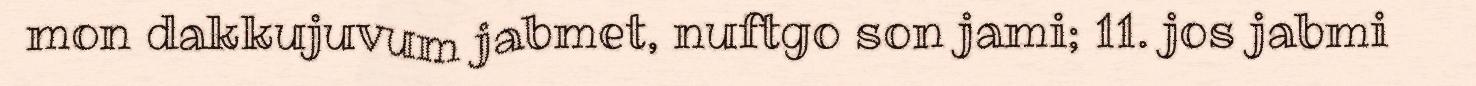
mon dakkujuvum jabmet, nuftgo son jami; 11. jos jabmi